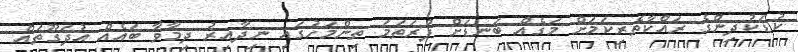
ކުޑަކުދިންގެ ރައްކާތެރިކަމަށް މަގެއް ބަނޑަށް ފުރަތަމަ ތިންމަހުގައި ނިދާއިރު ދިމާވާ ބައެއް އުދަގޫތައް